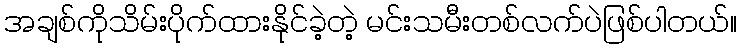
အချစ်ကိုသိမ်းပိုက်ထားနိုင်ခဲ့တဲ့ မင်းသမီးတစ်လက်ပဲဖြစ်ပါတယ်။